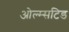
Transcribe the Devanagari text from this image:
ओल्म्सटिड